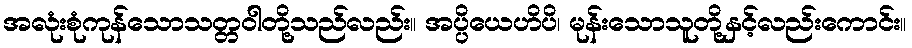
အလုံးစုံကုန်သောသတ္တဝါတို့သည်လည်း။ အပ္ပိယေဟိပိ၊ မုန်းသောသူတို့နှင့်လည်းကောင်း။